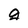
Character: g